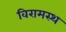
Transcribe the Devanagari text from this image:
विरामस्थ